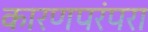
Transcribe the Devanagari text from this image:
कारणपरंपरा